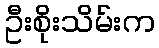
ဦးစိုးသိမ်းက